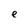
Character: e